Vaccination in Burma 1920-1933 - 1920-1933
Year: 1920
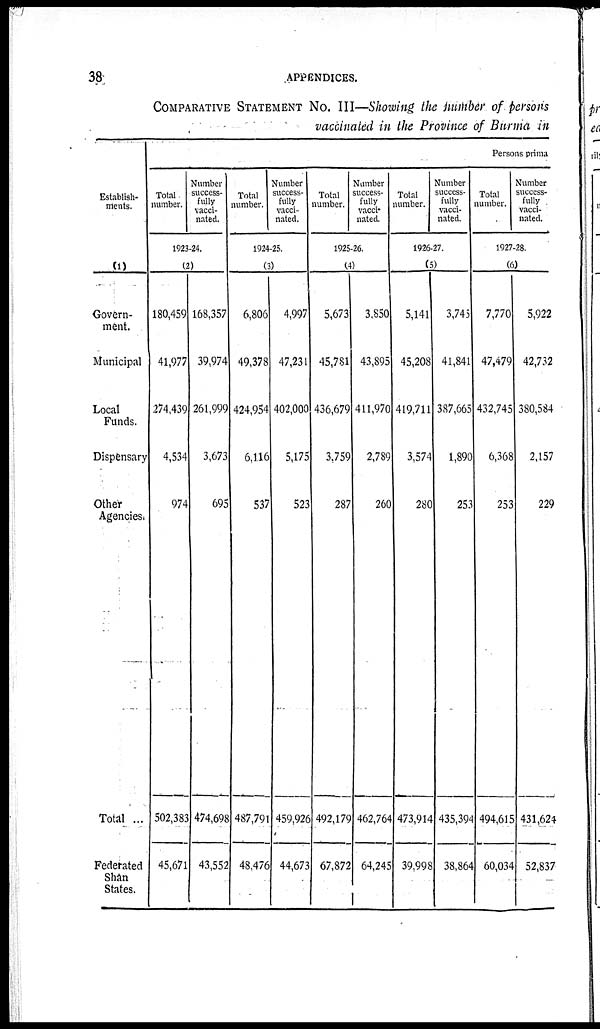
38
APPENDICES.
COMPARATIVE STATEMENT No. III—Showing the number of persons
vaccinated in the Province of Burma in
Establish-
ments.
(1)
Govern-
ment.
Municipal
Local
Funds.
Dispensary
Other
Agencies.
Total ...
Federated
Shan
States.
Persons prima
Total
number.
Number
success-
fully
vacci-
nated.
1923-24.
(2)
180,459
41,977
274,439
4,534
974
502,383
45,671
168,357
39,974
261,999
3,673
695
474,698
43,552
Total
number.
Number
success-
fully
vacci-
nated.
1924-25.
(3)
6,806
49,378
424,954
6,116
537
487,791
48,476
4,997
47,231
402,000
5,175
523
459,926
44,673
Total
number.
Number
success-
fully
vacci-
nated.
1925-26.
(4)
5,673
45,781
436,679
3,759
287
492,179
67,872
3,850
43,895
411,970
2,789
260
462,764
64,245
Total
number.
Number
success-
fully
vacci-
nated.
1926-27.
(5)
5,141
45,208
419,711
3,574
280
473,914
39,998
3,745
41,841
387,665
1,890
253
435,394
38,864
Total
number.
Number
success-
fully
vacci-
nated.
1927-28.
(6)
7,770
47,479
432,745
6,368
253
494,615
60,034
5,922
42,732
380,584
2,157
229
431,624
52,837